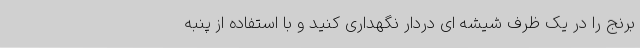
برنج را در یک ظرف شیشه ای دردار نگهداری کنید و با استفاده از پنبه